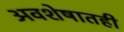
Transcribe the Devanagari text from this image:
अवशेषातही